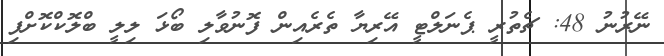
ނޭރުނު 48: ޗެތުރީ ޕެނަލްޓީ އޭރިޔާ ތެރެއިން ފޮނުވާލި ބޯޅަ ލިލީ ބްލޮކްކޮށްފި